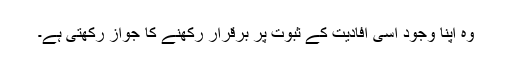
وہ اپنا وجود اسی افادیت کے ثبوت پر برقرار رکھنے کا جواز رکھتی ہے۔